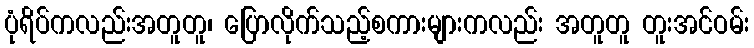
ပုံရိပ်ကလည်းအတူတူ၊ ပြောလိုက်သည့်စကားများကလည်း အတူတူ တူးအင်ဝမ်း